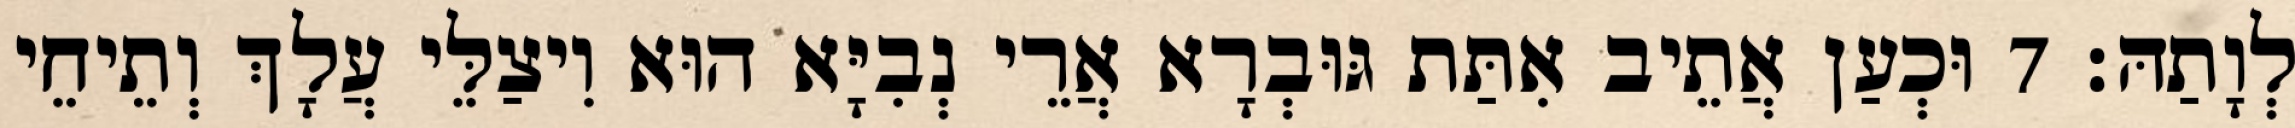
לְוָתַהּ׃ 7 וּכְעַן אֲתֵיב אִתַּת גּוּבְרָא אֲרֵי נְבִיָּא הוּא וִיצַלֵּי עֲלָךְ וְתֵיחֵי